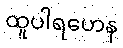
ထူပါရဟေန